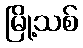
မြို့သစ်